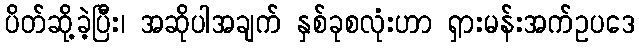
ပိတ်ဆို့ခဲ့ပြီး၊ အဆိုပါအချက် နှစ်ခုစလုံးဟာ ရှားမန်းအက်ဥပဒေ